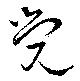
覺